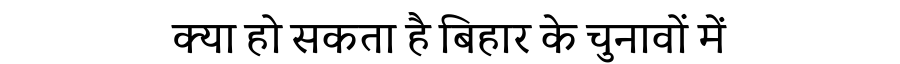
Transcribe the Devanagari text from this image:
क्या हो सकता है बिहार के चुनावों में